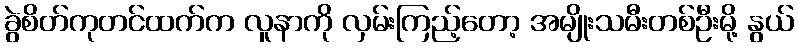
ခွဲစိတ်ကုတင်ထက်က လူနာကို လှမ်းကြည့်တော့ အမျိုးသမီးတစ်ဦးမို့ နွယ်